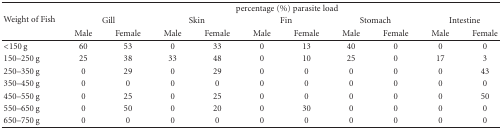
| <ROWSPAN=3> Weight of Fish | <COLSPAN=10> percentage (%) parasite load |
 | <COLSPAN=2> Gill | <COLSPAN=2> Skin | <COLSPAN=2> Fin | <COLSPAN=2> Stomach | <COLSPAN=2> Intestine |
 | Male | Female | Male | Female | Male | Female | Male | Female | Male | Female |
 | --- | --- | --- | --- | --- | --- | --- | --- | --- | --- | --- |
 | <150 g | 60 | 53 | 0 | 33 | 0 | 13 | 40 | 0 | 0 | 0 |
 | 150–250 g | 25 | 38 | 33 | 48 | 0 | 10 | 25 | 0 | 17 | 3 |
 | 250–350 g | 0 | 29 | 0 | 29 | 0 | 0 | 0 | 0 | 0 | 43 |
 | 350–450 g | 0 | 0 | 0 | 0 | 0 | 0 | 0 | 0 | 0 | 0 |
 | 450–550 g | 0 | 25 | 0 | 25 | 0 | 0 | 0 | 0 | 0 | 50 |
 | 550–650 g | 0 | 50 | 0 | 20 | 0 | 30 | 0 | 0 | 0 | 0 |
 | 650–750 g | 0 | 0 | 0 | 0 | 0 | 0 | 0 | 0 | 0 | 0 |